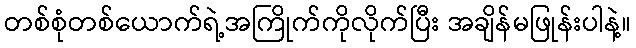
တစ်စုံတစ်ယောက်ရဲ့အကြိုက်ကိုလိုက်ပြီး အချိန်မဖြုန်းပါနဲ့။